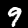
Digit: 9